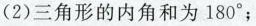
(2)三角形的内角和为180°；